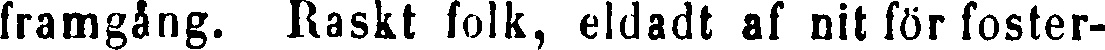
framgång. Raskt folk, eldadt af nit för foster-